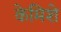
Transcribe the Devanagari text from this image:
केमिशे